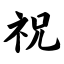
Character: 祝